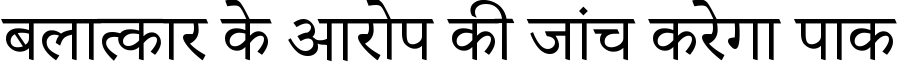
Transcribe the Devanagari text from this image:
बलात्कार के आरोप की जांच करेगा पाक